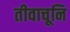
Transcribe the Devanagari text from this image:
तीवाचूनि